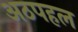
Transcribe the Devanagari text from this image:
अठपहल